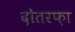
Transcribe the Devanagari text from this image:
दोतरफ़ा